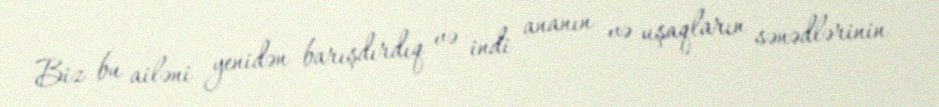
Biz bu ailəni yenidən barışdırdıq və indi ananın və uşaqların sənədlərinin